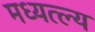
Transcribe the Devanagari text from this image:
मध्यत्ल्य